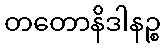
တတောနိဒါနဉ္စ